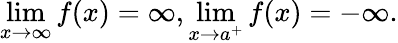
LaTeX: \operatorname*{lim}_{x\to\infty}f(x)=\infty,\operatorname*{lim}_{x\to a^{+}}f(x)=-\infty.